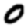
Digit: 0